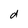
Character: d